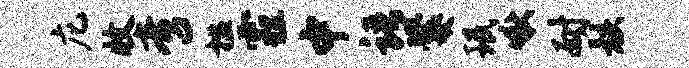
庀收啻槛霾中语爨珉啾耐骸